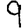
Digit: 9